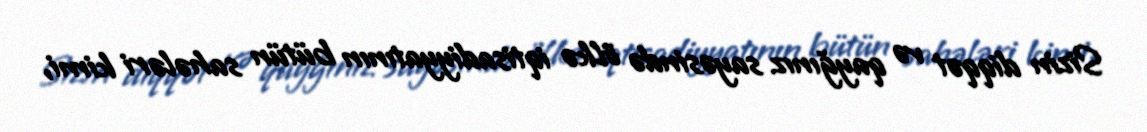
Sizin diqqət və qayğınız sayəsində ölkə iqtisadiyyatının bütün sahələri kimi,